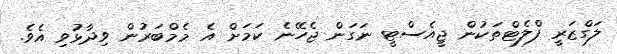
ލަގްޒަރީ ފްލެޓްތަކުން ޖީއެސްޓީ ނަގަން ޖެހޭނެ ކަމަށް އެ މެމްބަރުން ވިދާޅުވި އެވެ.